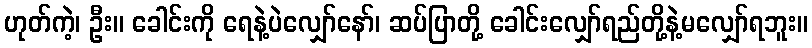
ဟုတ်ကဲ့၊ ဦး။ ခေါင်းကို ရေနဲ့ပဲလျှော်နော်၊ ဆပ်ပြာတို့ ခေါင်းလျှော်ရည်တို့နဲ့မလျှော်ရဘူး။